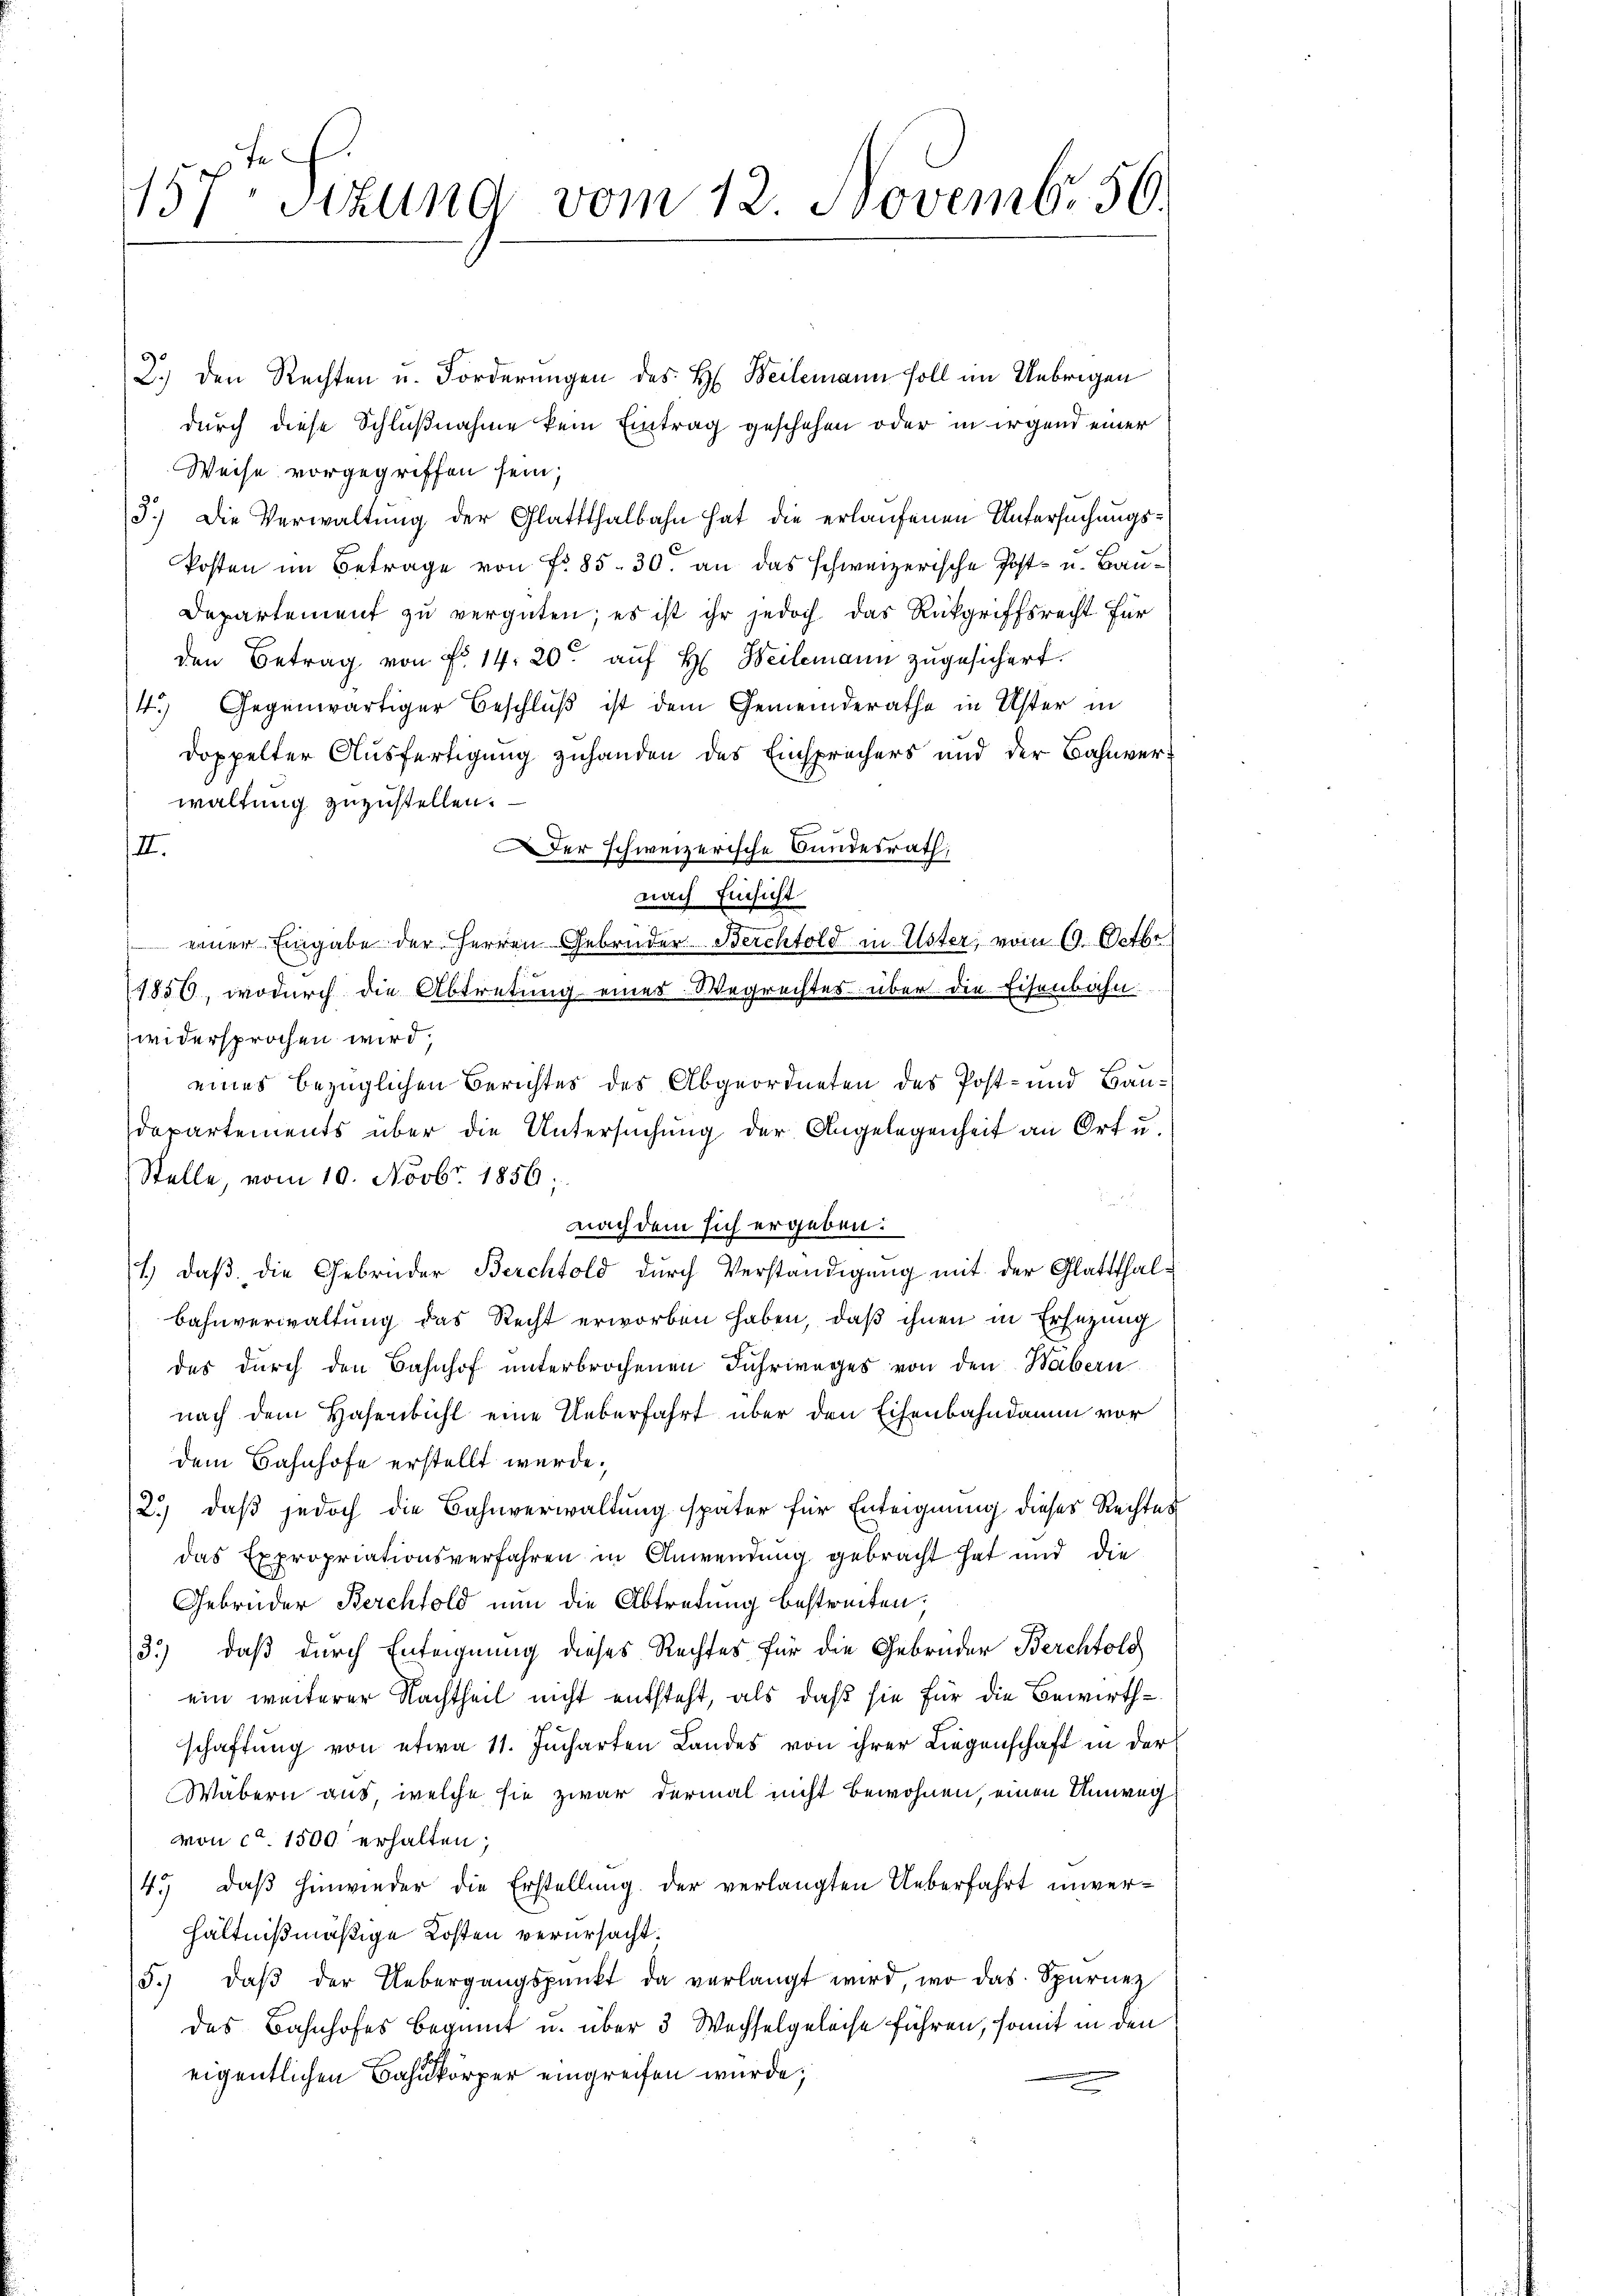
157. Sitzung vom 12. Novembr. 56.

2.) den Rechten u. Forderungen des H. Beilemann soll im Uebrigen
durch diese Schlußnahme kein Eintrag geschehen oder in irgend einer
Weise vorgegriffen sein;
3.) Die Verwaltŭng der Glattthalbahn hat die erlaŭfenen Untersŭchŭngs-
Posten im Betrage von Fr. 85. 30. an das schweizerische Post- u. Bau¬
Departement zu vergüten; es ist ihr jedoch das Rückgriffsrecht für
den Betrag von fr. 14. 20 auf H. Weilemann zugesichert.
4.) Gegenwärtiger Beschluß ist dem Gemeinderathe in Uster in
doppelter Ausfertigung zuhanden des Einsprechers und der Bahnverwaltung zuzustellen.
III.
Der schweizerische Bundesrath,
nach Einsicht
einer Eingabe der Herren Gebrüder Berchtold in Uster, vom 19. Octbr.
1850, wodurch die Abtretung eines Wegrechtes über die Eisenbahn.
widersprochen wird;
eines bezüglichen Berichtes des Abgeordneten des Post- und Bau¬
Departements über die Untersuchung der Angelegenheit an Ort u.
Stelle, vom 10. Novbr. 1856;
2
nach dem sich ergeben:
1.) daß die Gebrüder Berchtold durch Verständigung mit der Glattthal¬
Bahnverwaltung das Recht erworben haben, daß ihnen in Ersezung
des durch den Bahnhof unterbrochenen Fuhrweges von den Habern
nach dem Hasenbichl eine Ueberfahrt über den Eisenbahndamm vor
dem Bahnhofe erstellt wurde.
2.) daß jedoch die Bahnverwaltung später für Enteignung dieses Rechtes
das Expropriationsverfahren in Anwendung gebracht hat und die
Gebrüder Berchtold nun die Abtretung bestreiten.
3.) daß durch Enteignung dieses Rechtes für die Gebrüder Berchtold
ein weiterer Nachtheil nicht entsteht, als daß sie für die Bewirthschaftung von etwa 11. Jucharten Landes von ihrer Liegenschaft in der
Wabern aus, welche sie zwar dermal nicht bewohnen, einen Umweg
von ca 1500 erhalten;
4.) Daß hinwieder die Erstellung der verlangten Ueberfahrt unverhältnißmäßige Kosten verursacht.
5. daβ der Uebergangspunkt da verlangt wird, wo das Spurnez
des Bahnhofes beginnt u. über 3 Wechselgeleise führen, somit in den
eigentlichen Bahnkörper eingreifen wurde;